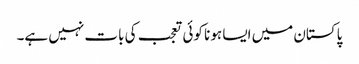
پاکستان میں ایسا ہونا کوئی تعجب کی بات نہیں ہے۔